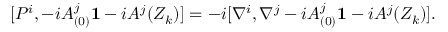
[ P ^ { i } , - i A _ { ( 0 ) } ^ { j } { \bf 1 } - i A ^ { j } ( Z _ { k } ) ] = - i [ \nabla ^ { i } , \nabla ^ { j } - i A _ { ( 0 ) } ^ { j } { \bf 1 } - i A ^ { j } ( Z _ { k } ) ] .